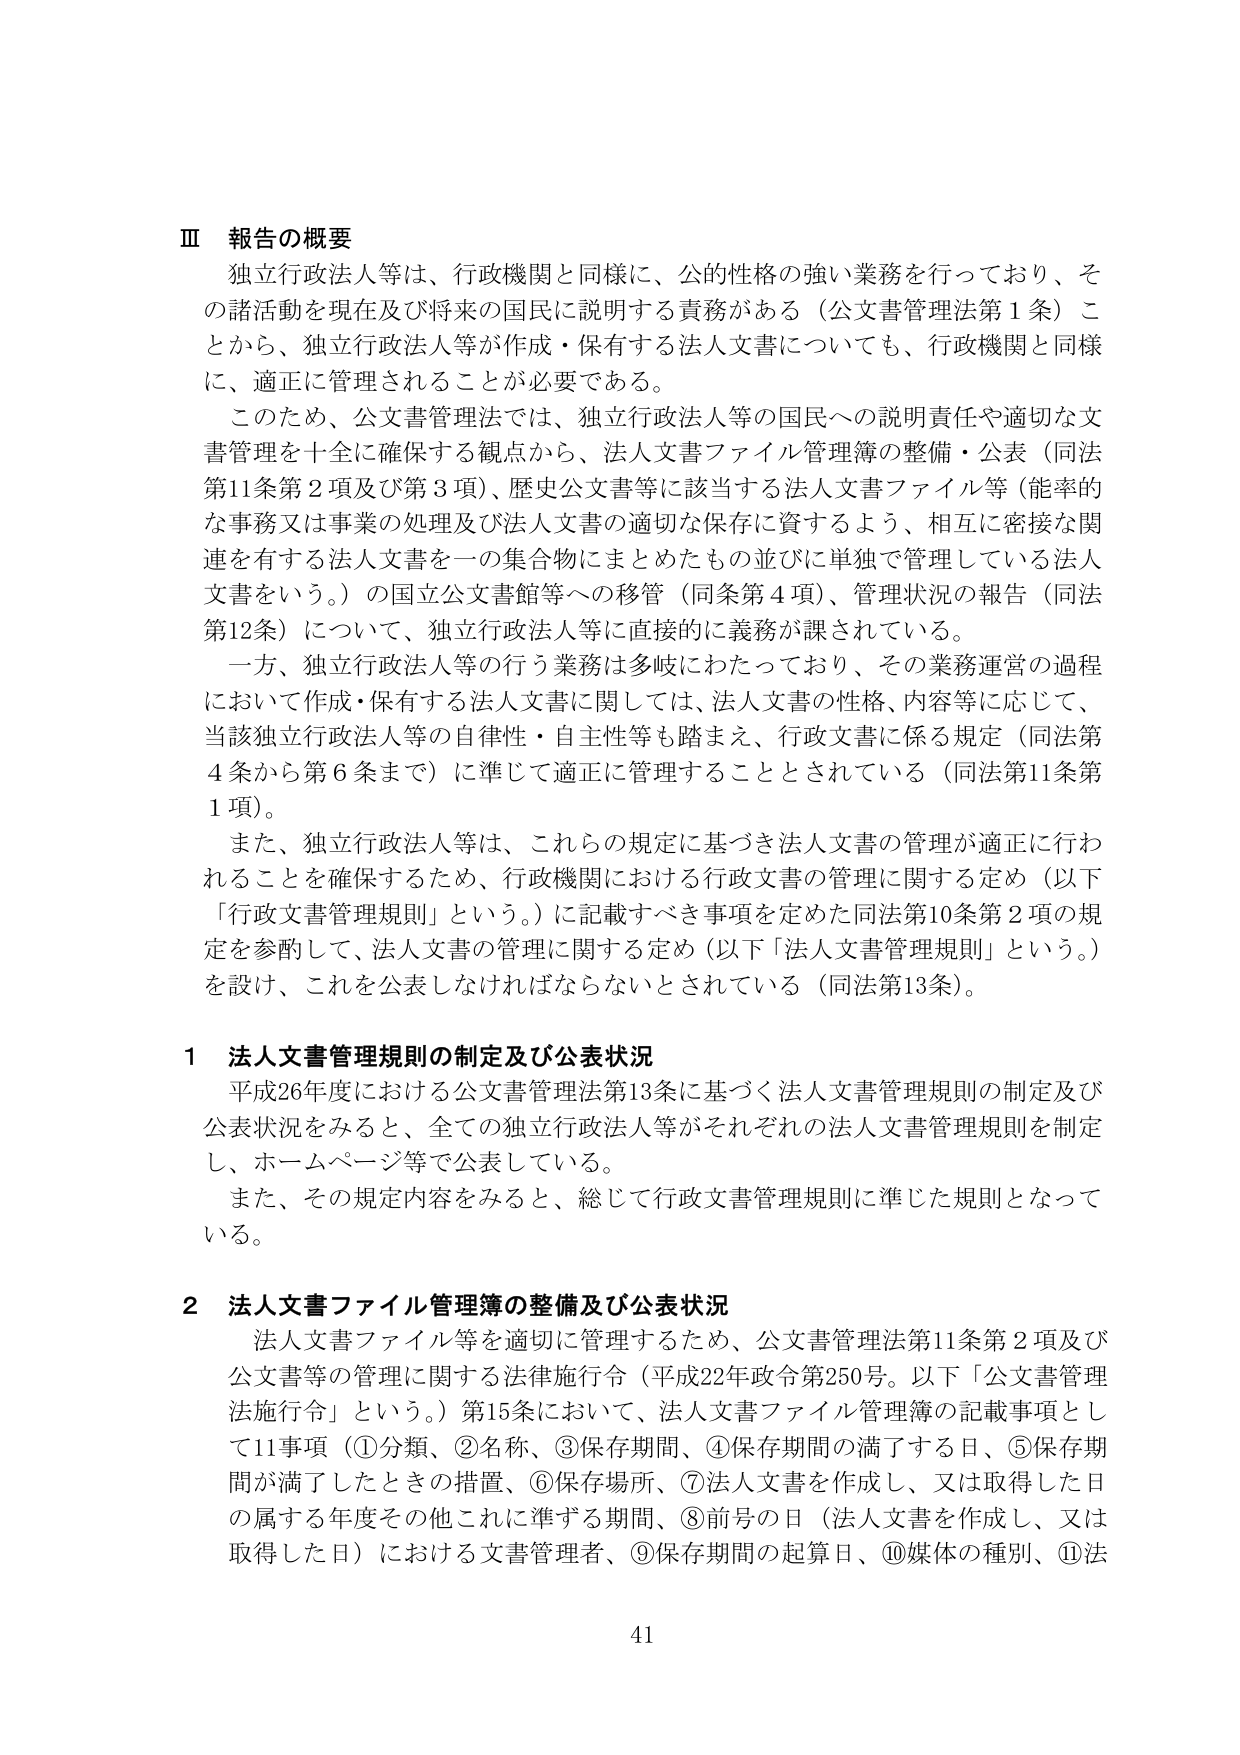
Ⅲ 報告の概要
独立行政法人等は、行政機関と同様に、公的性格の強い業務を行っており、その諸活動を現在及び将来の国民に説明する責務がある（公文書管理法第1条）ことから、独立行政法人等が作成・保有する法人文書についても、行政機関と同様に、適正に管理されることが必要である。
このため、公文書管理法では、独立行政法人等の国民への説明責任や適切な文書管理を十全に確保する観点から、法人文書ファイル管理簿の整備・公表（同法第11条第2項及び第3項）、歴史公文書等に該当する法人文書ファイル等（能率的な事務又は事業の処理及び法人文書の適切な保存に資するよう、相互に密接な関連を有する法人文書を一の集合物にまとめたもの並びに単独で管理している法人文書をいう。）の国立公文書館等への移管（同条第4項）、管理状況の報告（同法第12条）について、独立行政法人等に直接的に義務が課されている。
一方、独立行政法人等の行う業務は多岐にわたっており、その業務運営の過程において作成・保有する法人文書に関しては、法人文書の性格、内容等に応じて、当該独立行政法人等の自律性・自主性等も踏まえ、行政文書に係る規定（同法第4条から第6条まで）に準じて適正に管理することとされている（同法第11条第1項）。
また、独立行政法人等は、これらの規定に基づき法人文書の管理が適正に行われることを確保するため、行政機関における行政文書の管理に関する定め（以下「行政文書管理規則」という。）に記載すべき事項を定めた同法第10条第2項の規定を参酌して、法人文書の管理に関する定め（以下「法人文書管理規則」という。）を設け、これを公表しなければならないとされている（同法第13条）。

1 法人文書管理規則の制定及び公表状況
平成26年度における公文書管理法第13条に基づく法人文書管理規則の制定及び公表状況をみると、全ての独立行政法人等がそれぞれの法人文書管理規則を制定し、ホームページ等で公表している。
また、その規定内容をみると、総じて行政文書管理規則に準じた規則となっている。

2 法人文書ファイル管理簿の整備及び公表状況
法人文書ファイル等を適切に管理するため、公文書管理法第11条第2項及び公文書等の管理に関する法律施行令（平成22年政令第250号。以下「公文書管理法施行令」という。）第15条において、法人文書ファイル管理簿の記載事項として11事項（①分類、②名称、③保存期間、④保存期間の満了する日、⑤保存期間が満了したときの措置、⑥保存場所、⑦法人文書を作成し、又は取得した日の属する年度その他これに準ずる期間、⑧前号の日（法人文書を作成し、又は取得した日）における文書管理者、⑨保存期間の起算日、⑩媒体の種別、⑪法

41